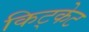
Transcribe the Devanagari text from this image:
किट्केट